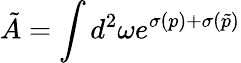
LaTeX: \tilde{A}=\int d^{2}\omega e^{\sigma(p)+\sigma(\tilde{p})}